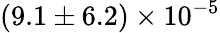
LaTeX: (9.1\pm 6.2)\times 10^{-5}